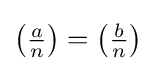
\left({\tfrac {a}{n}}\right)=\left({\tfrac {b}{n}}\right)